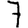
Digit: 7